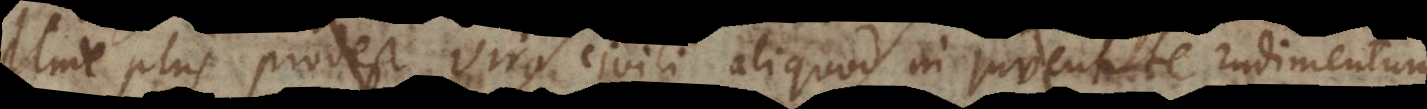
Unde plus prodest viro civili aliquod in juventute rudimentum